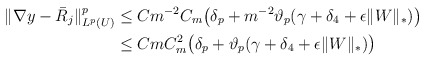
\begin{align*}\Vert \nabla y - \bar{R}_j\Vert^p_{L^p(U)} &\le Cm^{-2} C_m \big( \delta_p + m^{-2}\vartheta_p (\gamma+ \delta_4 + \epsilon \Vert W \Vert_*)\big) \\ &\le Cm C^2_m\big( \delta_p + \vartheta_p (\gamma+ \delta_4 + \epsilon \Vert W \Vert_*)\big)\end{align*}